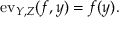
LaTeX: \mathrm { e v } _ { Y , Z } ( f , y ) = f ( y ) .